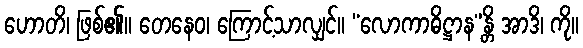
ဟောတိ၊ ဖြစ်၏။ တေနေဝ၊ ကြောင့်သာလျှင်။ “လောကာဓိဋ္ဌာန”န္တိ အာဒိ၊ ကို။